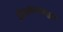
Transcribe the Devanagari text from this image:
मित्रकंपन्यांद्वारे